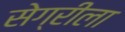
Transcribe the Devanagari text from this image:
सेग्रीला